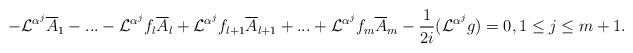
LaTeX: \begin{align*}-\mathcal{L}^{\alpha^{j}}\overline{A}_{1}-...-\mathcal{L}^{\alpha^{j}}f_{l}\overline{A}_{l}+ \mathcal{L}^{\alpha^{j}}f_{l+1}\overline{A}_{l+1}+...+\mathcal{L}^{\alpha^{j}}f_{m}\overline{A}_{m}-\frac{1}{2i}(\mathcal{L}^{\alpha^{j}}g)=0,1 \leq j \leq m+1.\end{align*}